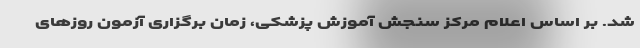
شد. بر اساس اعلام مرکز سنجش آموزش پزشکی، زمان برگزاری آزمون روزهای